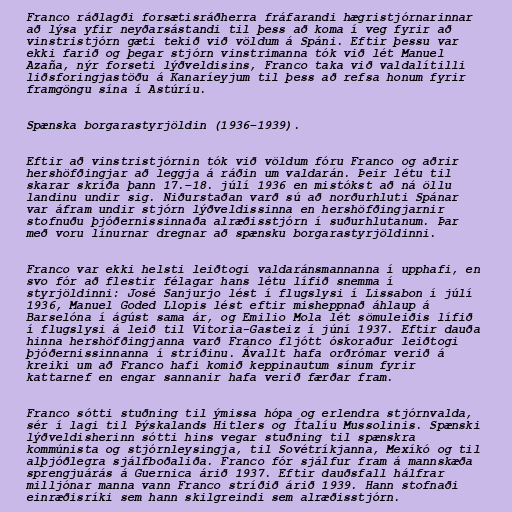
Franco ráðlagði forsætisráðherra fráfarandi hægristjórnarinnar
að lýsa yfir neyðarsástandi til þess að koma í veg fyrir að
vinstristjórn gæti tekið við völdum á Spáni. Eftir þessu var
ekki farið og þegar stjórn vinstrimanna tók við lét Manuel
Azaña, nýr forseti lýðveldisins, Franco taka við valdalítilli
liðsforingjastöðu á Kanaríeyjum til þess að refsa honum fyrir
framgöngu sína í Astúríu.

Spænska borgarastyrjöldin (1936–1939).

Eftir að vinstristjórnin tók við völdum fóru Franco og aðrir
hershöfðingjar að leggja á ráðin um valdarán. Þeir létu til
skarar skríða þann 17.–18. júlí 1936 en mistókst að ná öllu
landinu undir sig. Niðurstaðan varð sú að norðurhluti Spánar
var áfram undir stjórn lýðveldissinna en hershöfðingjarnir
stofnuðu þjóðernissinnaða alræðisstjórn í suðurhlutanum. Þar
með voru línurnar dregnar að spænsku borgarastyrjöldinni.

Franco var ekki helsti leiðtogi valdaránsmannanna í upphafi, en
svo fór að flestir félagar hans létu lífið snemma í
styrjöldinni: José Sanjurjo lést í flugslysi í Lissabon í júlí
1936, Manuel Goded Llopis lést eftir misheppnað áhlaup á
Barselóna í ágúst sama ár, og Emilio Mola lét sömuleiðis lífið
í flugslysi á leið til Vitoria-Gasteiz í júní 1937. Eftir dauða
hinna hershöfðingjanna varð Franco fljótt óskoraður leiðtogi
þjóðernissinnanna í stríðinu. Ávallt hafa orðrómar verið á
kreiki um að Franco hafi komið keppinautum sínum fyrir
kattarnef en engar sannanir hafa verið færðar fram.

Franco sótti stuðning til ýmissa hópa og erlendra stjórnvalda,
sér í lagi til Þýskalands Hitlers og Ítalíu Mussolinis. Spænski
lýðveldisherinn sótti hins vegar stuðning til spænskra
kommúnista og stjórnleysingja, til Sovétríkjanna, Mexíkó og til
alþjóðlegra sjálfboðaliða. Franco fór sjálfur fram á mannskæða
sprengjuárás á Guernica árið 1937. Eftir dauðsfall hálfrar
milljónar manna vann Franco stríðið árið 1939. Hann stofnaði
einræðisríki sem hann skilgreindi sem alræðisstjórn.